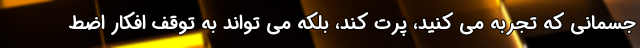
جسمانی که تجربه می کنید، پرت کند، بلکه می تواند به توقف افکار اضط